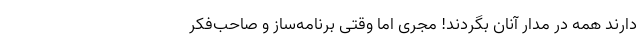
دارند همه در مدار آنان بگردند! مجری اما وقتی برنامه‌ساز و صاحب‌فکر